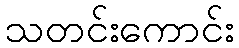
သတင်းကောင်း